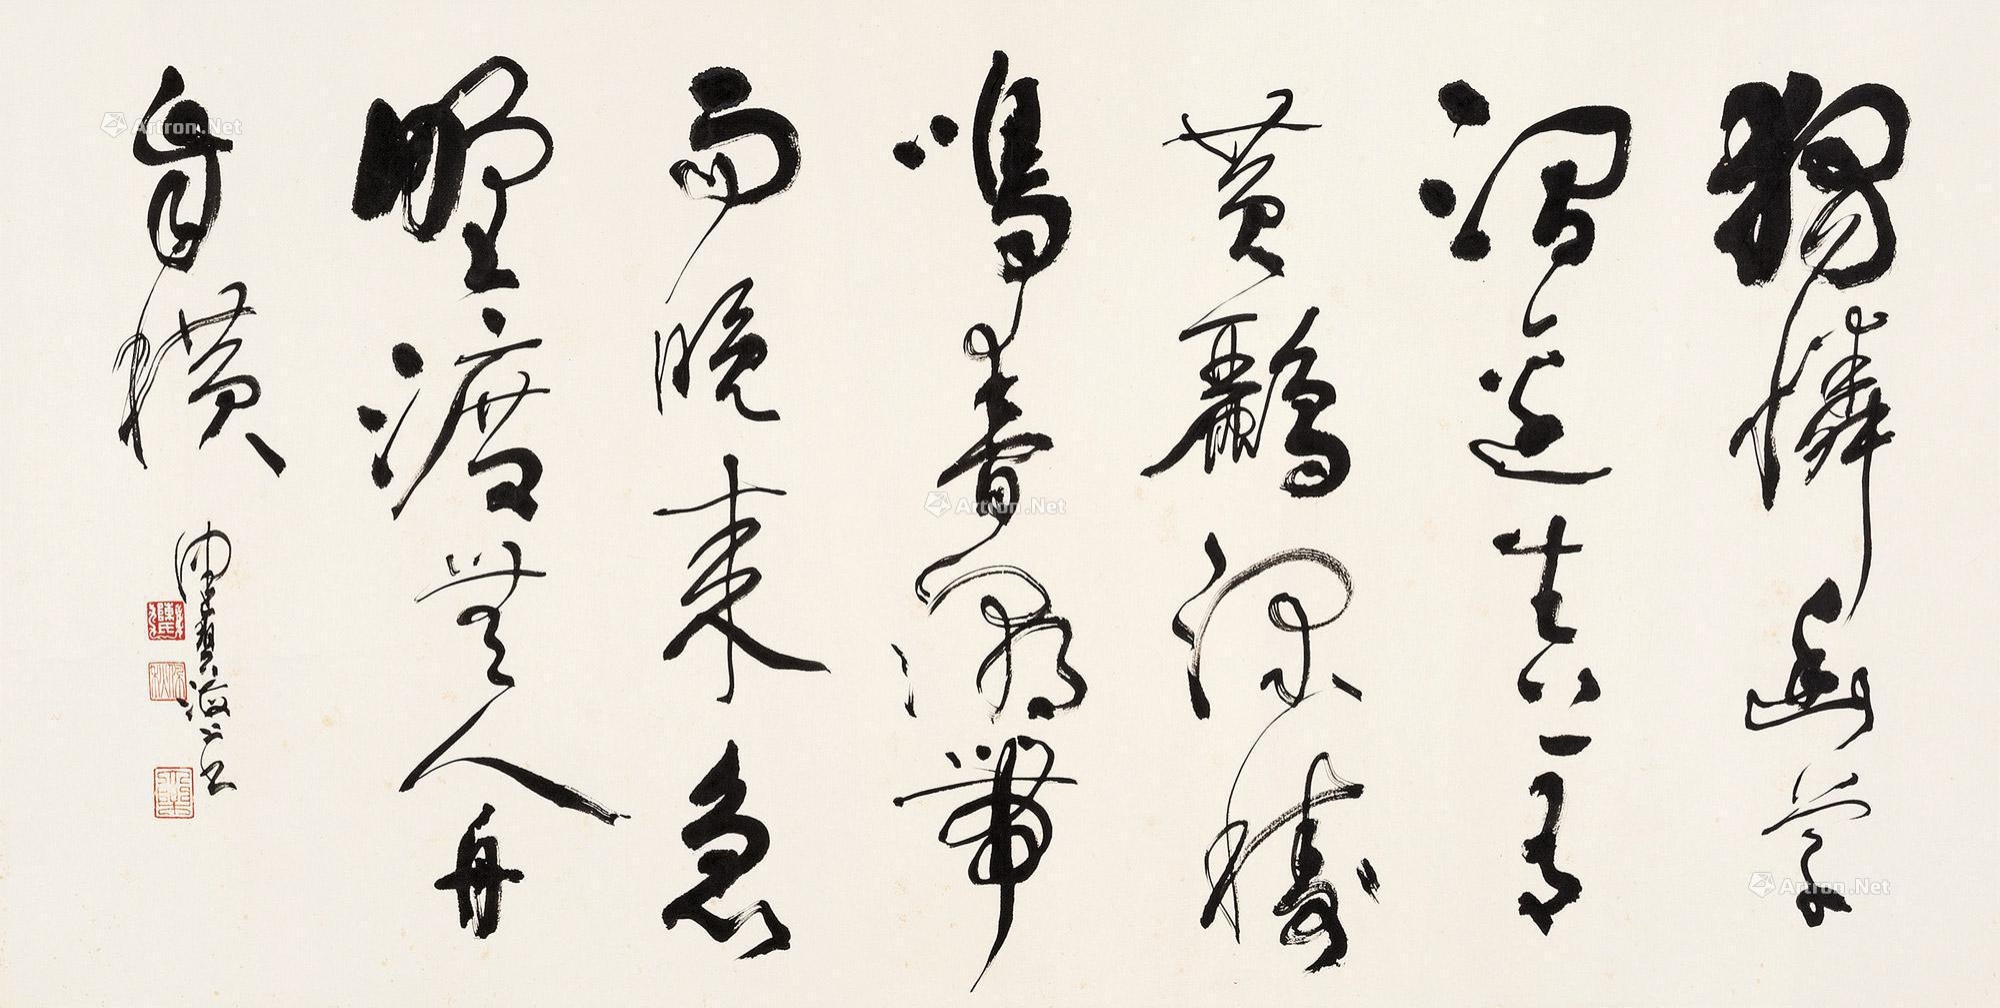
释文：独怜幽草涧边生，上有黄鹂深树鸣。春潮带雨晚来急，野渡无人舟自横。健碧海上书。